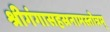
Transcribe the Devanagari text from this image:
श्रीगंगासहस्रनामस्तोत्रम्